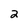
Character: 2